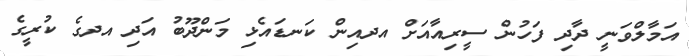
އަމާލްވަނީ ދާދި ފަހުން ސީރިއާއަށް އދއިން ކަނޑައެޅި މަންދޫބު އަދި އދގެ ކުރީގެ